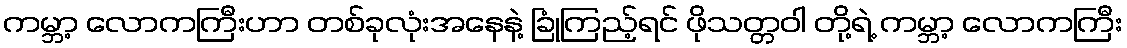
ကမ္ဘာ့ လောကကြီးဟာ တစ်ခုလုံးအနေနဲ့ ခြုံကြည့်ရင် ဖိုသတ္တဝါ တို့ရဲ့ ကမ္ဘာ့ လောကကြီး